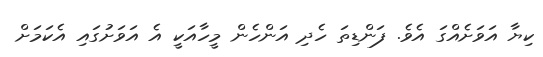
ކިޔާ އަވަށެއްގަ އެވެ. ފަންޑިތަ ހެދި އަންހެން މީހާއަކީ އެ އަވަށުގައި އެކަމަށް